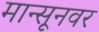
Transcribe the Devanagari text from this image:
मान्सूनवर